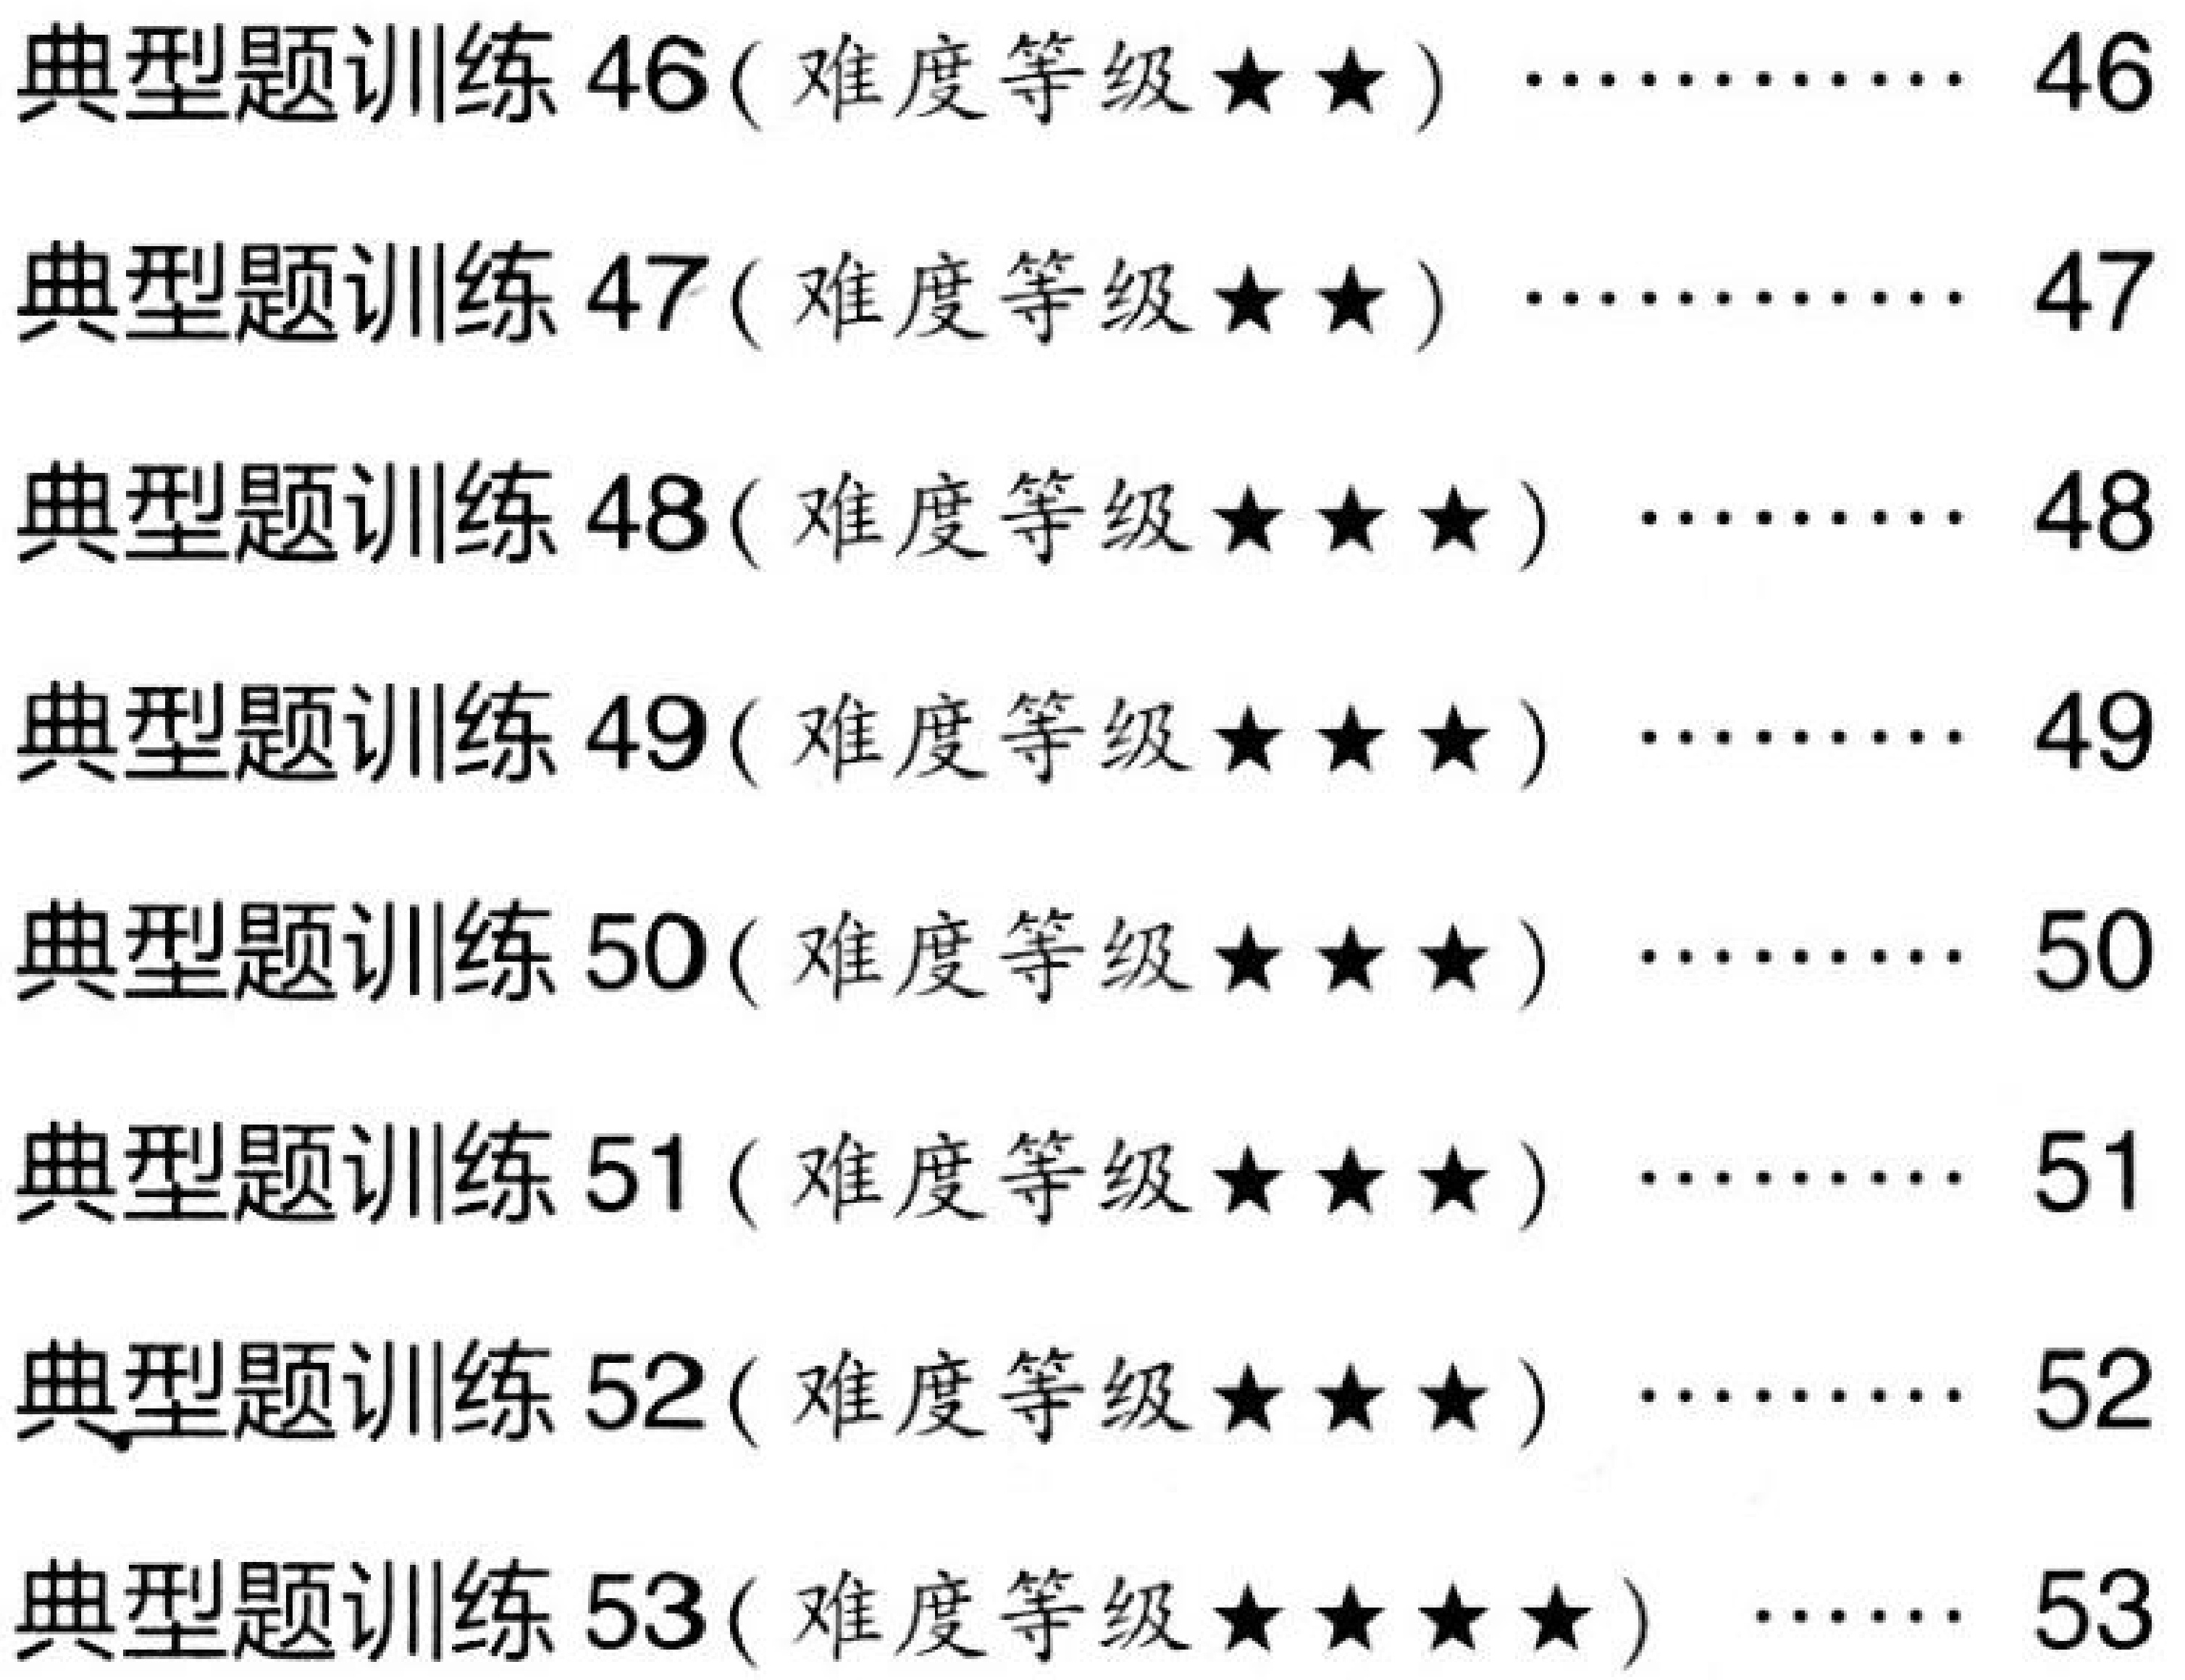
典型题训练 46(难度等级★★) ………… 46
典型题训练 47(难度等级★★) ………… 47
典型题训练 48(难度等级★★★) ……… 48
典型题训练 49(难度等级★★★) ……… 49
典型题训练 50(难度等级★★★) ……… 50
典型题训练 51(难度等级★★★) ……… 51
典型题训练 52(难度等级★★★) ……… 52
典型题训练 53(难度等级★★★★) …… 53